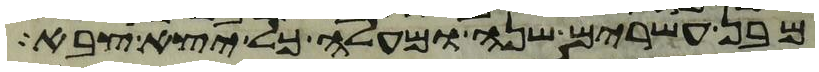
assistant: מבן עשרים שנה ומעלה כל יצא צבא